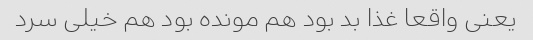
یعنی واقعا غذا بد بود هم مونده بود هم خیلی سرد